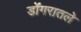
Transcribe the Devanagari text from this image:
डोंगरातले